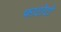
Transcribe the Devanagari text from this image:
फाटोटो